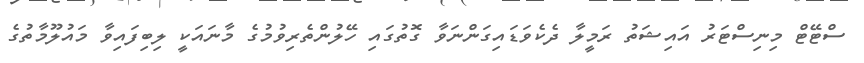
ސްޓޭޓް މިނިސްޓަރު އައިޝަތު ރަމީލާ ދެކެވަޑައިގަންނަވާ ގޮތުގައި ހޭލުންތެރިވުމުގެ މާނައަކީ ލިބިފައިވާ މައުލޫމާތުގެ